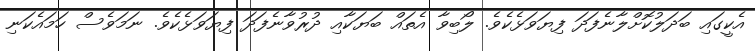
އެކީގައި ބަދަލުކޮށްލާނެފަދަ ފިޔަވަޅެކެވެ. ލޯބިވާ އެތައް ބަޔަކާއި ދުރުވާނެފަދަ ފިޔަވަޅެކެވެ. ނަމަވެސް ހަމައެކަނި